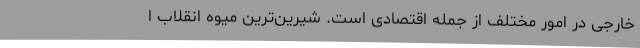
خارجی در امور مختلف از جمله اقتصادی است. شیرین‌ترین میوه انقلاب ا